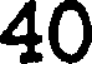
40